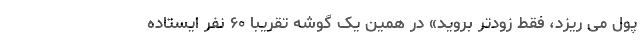
پول می ریزد، فقط زودتر بروید» در همین یک گوشه تقریبا ۶۰ نفر ایستاده